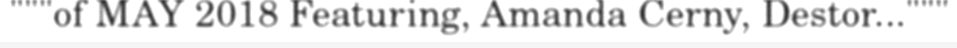
"""of MAY 2018 Featuring, Amanda Cerny, Destor..."""